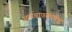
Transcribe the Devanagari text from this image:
आर्यचाणक्यकार